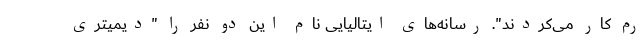
رم کار می‌کردند". رسانه‌های ایتالیایی نام این دو نفر را "دیمیتری